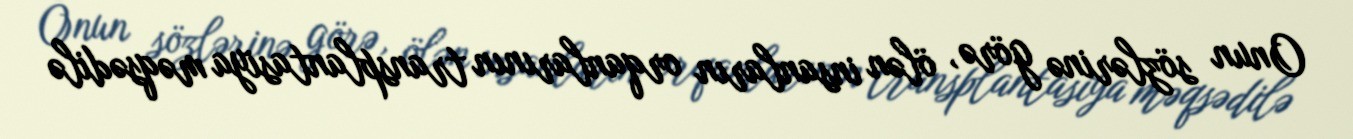
Onun sözlərinə görə, ölən insanların orqanlarının transplantasiya məqsədilə